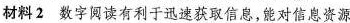
材料2 数字阅读有利于迅速获取信息，能对信息资源